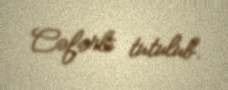
Cəfərli tutulub.